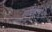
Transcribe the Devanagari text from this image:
वर्षापासूनची